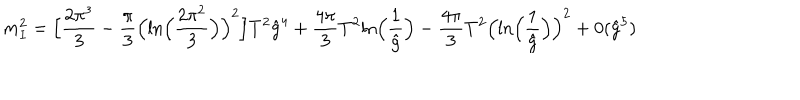
m _ { I } ^ { 2 } = \Bigl [ { \frac { 2 \pi ^ { 3 } } { 3 } } - { \frac { \pi } { 3 } } \Big ( \mathrm { l n } \Big ( { \frac { 2 \pi ^ { 2 } } { 3 } } \Big ) \Big ) ^ { 2 } \Big ] T ^ { 2 } { \hat { g } } ^ { 4 } + { \frac { 4 \pi } { 3 } } T ^ { 2 } \mathrm { l n } \Big ( { \frac { 1 } { \hat { g } } } \Big ) - { \frac { 4 \pi } { 3 } } T ^ { 2 } \Big ( \mathrm { l n } \Big ( { \frac { 1 } { \hat { g } } } \Big ) \Big ) ^ { 2 } + 0 ( { \hat { g } } ^ { 5 } )